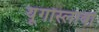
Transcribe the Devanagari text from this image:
यूगोस्लावी